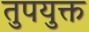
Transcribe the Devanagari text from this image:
तुपयुक्त